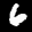
Label: 6